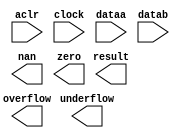
// megafunction wizard: %ALTFP_ADD_SUB%VBB%
// GENERATION: STANDARD
// VERSION: WM1.0
// MODULE: altfp_add_sub 

// ============================================================
// Megafunction Name(s):
// 			altfp_add_sub
//
// Simulation Library Files(s):
// 			lpm
// ============================================================
// ************************************************************
// THIS IS A WIZARD-GENERATED FILE. DO NOT EDIT THIS FILE!
//
// 18.1.0 Build 625 09/12/2018 SJ Lite Edition
// ************************************************************

//Copyright (C) 2018  Intel Corporation. All rights reserved.
//Your use of Intel Corporation's design tools, logic functions 
//and other software and tools, and its AMPP partner logic 
//functions, and any output files from any of the foregoing 
//(including device programming or simulation files), and any 
//associated documentation or information are expressly subject 
//to the terms and conditions of the Intel Program License 
//Subscription Agreement, the Intel Quartus Prime License Agreement,
//the Intel FPGA IP License Agreement, or other applicable license
//agreement, including, without limitation, that your use is for
//the sole purpose of programming logic devices manufactured by
//Intel and sold by Intel or its authorized distributors.  Please
//refer to the applicable agreement for further details.

module fp_adder (
	aclr,
	clock,
	dataa,
	datab,
	nan,
	overflow,
	result,
	underflow,
	zero)/* synthesis synthesis_clearbox = 1 */;

	input	  aclr;
	input	  clock;
	input	[31:0]  dataa;
	input	[31:0]  datab;
	output	  nan;
	output	  overflow;
	output	[31:0]  result;
	output	  underflow;
	output	  zero;

endmodule

// ============================================================
// CNX file retrieval info
// ============================================================
// Retrieval info: PRIVATE: FPM_FORMAT NUMERIC "0"
// Retrieval info: PRIVATE: INTENDED_DEVICE_FAMILY STRING "Cyclone IV E"
// Retrieval info: PRIVATE: SYNTH_WRAPPER_GEN_POSTFIX STRING "0"
// Retrieval info: PRIVATE: WIDTH_DATA NUMERIC "32"
// Retrieval info: LIBRARY: altera_mf altera_mf.altera_mf_components.all
// Retrieval info: CONSTANT: DENORMAL_SUPPORT STRING "NO"
// Retrieval info: CONSTANT: DIRECTION STRING "ADD"
// Retrieval info: CONSTANT: INTENDED_DEVICE_FAMILY STRING "Cyclone IV E"
// Retrieval info: CONSTANT: OPTIMIZE STRING "SPEED"
// Retrieval info: CONSTANT: PIPELINE NUMERIC "7"
// Retrieval info: CONSTANT: REDUCED_FUNCTIONALITY STRING "NO"
// Retrieval info: CONSTANT: WIDTH_EXP NUMERIC "8"
// Retrieval info: CONSTANT: WIDTH_MAN NUMERIC "23"
// Retrieval info: USED_PORT: aclr 0 0 0 0 INPUT NODEFVAL "aclr"
// Retrieval info: USED_PORT: clock 0 0 0 0 INPUT NODEFVAL "clock"
// Retrieval info: USED_PORT: dataa 0 0 32 0 INPUT NODEFVAL "dataa[31..0]"
// Retrieval info: USED_PORT: datab 0 0 32 0 INPUT NODEFVAL "datab[31..0]"
// Retrieval info: USED_PORT: nan 0 0 0 0 OUTPUT NODEFVAL "nan"
// Retrieval info: USED_PORT: overflow 0 0 0 0 OUTPUT NODEFVAL "overflow"
// Retrieval info: USED_PORT: result 0 0 32 0 OUTPUT NODEFVAL "result[31..0]"
// Retrieval info: USED_PORT: underflow 0 0 0 0 OUTPUT NODEFVAL "underflow"
// Retrieval info: USED_PORT: zero 0 0 0 0 OUTPUT NODEFVAL "zero"
// Retrieval info: CONNECT: @aclr 0 0 0 0 aclr 0 0 0 0
// Retrieval info: CONNECT: @clock 0 0 0 0 clock 0 0 0 0
// Retrieval info: CONNECT: @dataa 0 0 32 0 dataa 0 0 32 0
// Retrieval info: CONNECT: @datab 0 0 32 0 datab 0 0 32 0
// Retrieval info: CONNECT: nan 0 0 0 0 @nan 0 0 0 0
// Retrieval info: CONNECT: overflow 0 0 0 0 @overflow 0 0 0 0
// Retrieval info: CONNECT: result 0 0 32 0 @result 0 0 32 0
// Retrieval info: CONNECT: underflow 0 0 0 0 @underflow 0 0 0 0
// Retrieval info: CONNECT: zero 0 0 0 0 @zero 0 0 0 0
// Retrieval info: GEN_FILE: TYPE_NORMAL fp_adder.v TRUE
// Retrieval info: GEN_FILE: TYPE_NORMAL fp_adder.inc FALSE
// Retrieval info: GEN_FILE: TYPE_NORMAL fp_adder.cmp FALSE
// Retrieval info: GEN_FILE: TYPE_NORMAL fp_adder.bsf TRUE
// Retrieval info: GEN_FILE: TYPE_NORMAL fp_adder_inst.v TRUE
// Retrieval info: GEN_FILE: TYPE_NORMAL fp_adder_bb.v TRUE
// Retrieval info: LIB_FILE: lpm